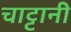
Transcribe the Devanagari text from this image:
चाट्टानी